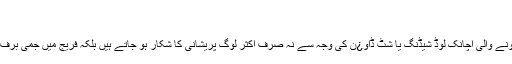
….
دوسری طرف گرمی کے موسم میں ہونے والی اچانک لوڈ شیڈنگ یا شٹ ڈاو¿ن کی وجہ سے نہ صرف اکثر لوگ پریشانی کا شکار ہو جاتے ہیں بلکہ فریج میں جمی برف تک شرم سے پانی پانی ہو جاتی ہے ۔